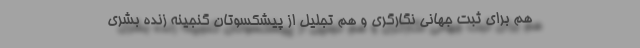
هم برای ثبت جهانی نگارگری و هم تجلیل از پیشکسوتان گنجینه زنده بشری